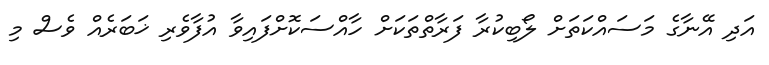
އަދި އޭނާގެ މަސައްކަތަށް ލޯބިކުރާ ފަރާތްތަކަށް ހާއްސަކޮށްފައިވާ އުފާވެރި ޚަބަރެއް ވެސް މި